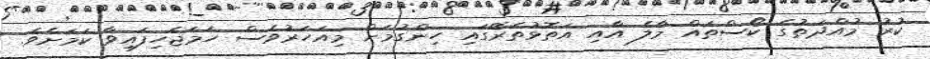
ކުރު މުއްދަތުގެ ކޯސްތައް މާލެ އާއި އަތޮޅުތެރޭގައި ހިންގުމަށް މިއަހަރުވެސް ހަމަޖެހިފައިވާ ކަމަށެވެ.